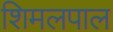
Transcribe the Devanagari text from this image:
शिमलपाल